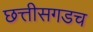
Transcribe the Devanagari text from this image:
छत्तीसगडच